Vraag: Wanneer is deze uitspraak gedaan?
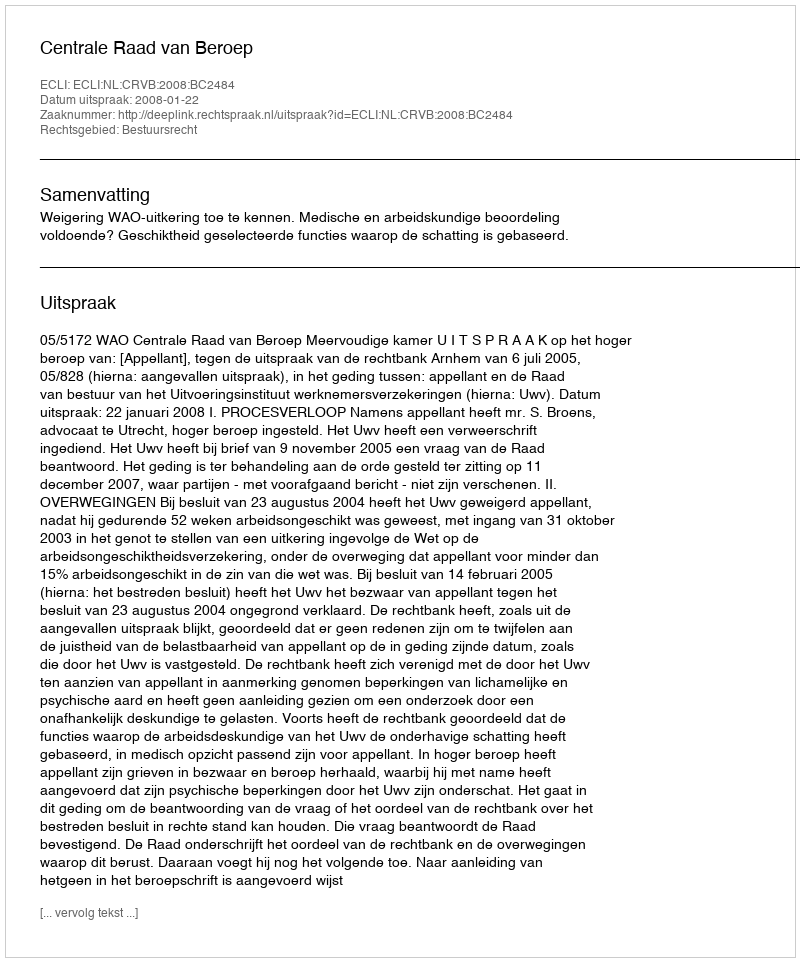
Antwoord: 2008-01-22